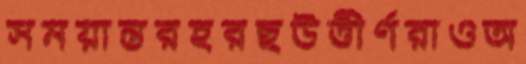
সময়ান্তরহরছউত্তীর্ণরাওঅ